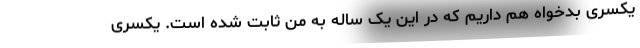
یکسری بدخواه هم داریم که در این یک ساله به من ثابت شده است. یکسری